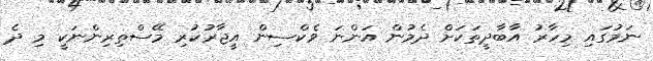
ނަމުގައި މިހާރު އާަބާދީތަަކަށް ދެމުން އަންނަ ވެކްސިން އީޖާރުކުރި މޭސްތިރިންނަކީ މި ދެ